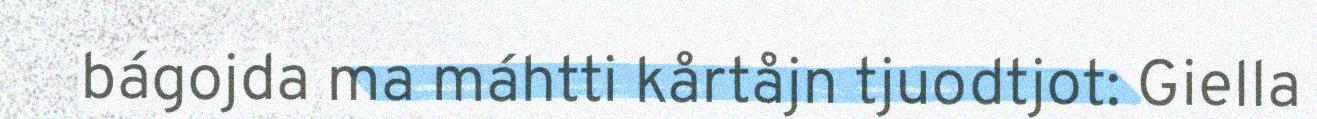
bágojda ma máhtti kårtåjn tjuodtjot: Giella